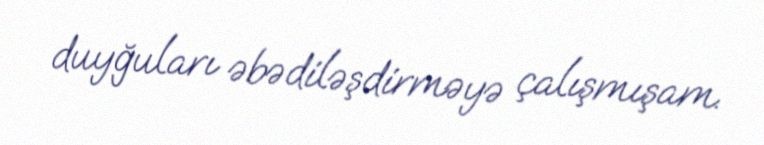
duyğuları əbədiləşdirməyə çalışmışam.